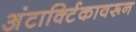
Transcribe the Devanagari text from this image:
अंटार्क्टिकावरून